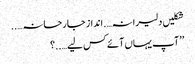
شکلیں دلیرانہ….انداز جارحانہ…..
’’آپ یہاں آئے کس لیے…..؟